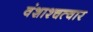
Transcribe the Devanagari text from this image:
वंशाश्चत्वार